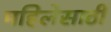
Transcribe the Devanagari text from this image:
महिलेसाठी